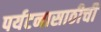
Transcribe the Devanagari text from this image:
पर्यटनासाठीची